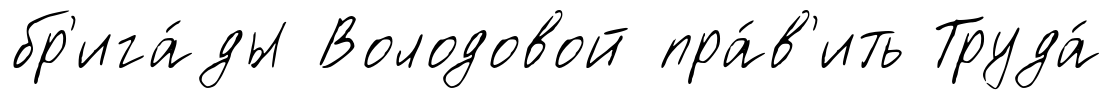
бр'ига́ды Володовой пра́в'ить Труда́